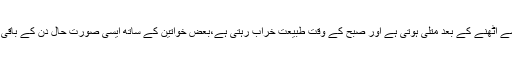
ًٌ*کچھ خواتین کو صبح بستر سے اٹھنے کے بعد متلی ہوتی ہے اور صبح کے وقت طبیعت خراب رہتی ہے،بعض خواتین کے ساتھ ایسی صورت حال دن کے باقی اوقات میں بھی ہو سکتی ہے۔